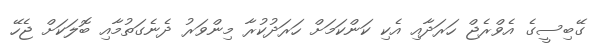
ގޭބިސީގެ އެވްރެޖް ހަރަދާއި އެކި ކަންކަމަށް ހަރަދުކުރާ މިންވަރު ދެނެގަތުމާއި ބޮލަކަށް ޖެހޭ